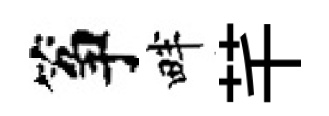
筝畔芊